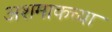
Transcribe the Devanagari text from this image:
अशमाकच्या